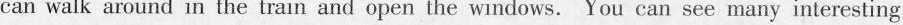
can walk around in the train and open the windows. You can see many interesting